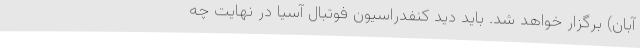
آبان) برگزار خواهد شد. باید دید کنفدراسیون فوتبال آسیا در نهایت چه